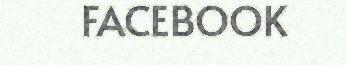
FACEBOOK